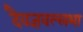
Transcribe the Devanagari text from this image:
दैवज्ञवल्लभा